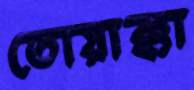
তোয়াক্কা